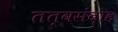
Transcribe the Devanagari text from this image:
तत्वसंदोह